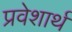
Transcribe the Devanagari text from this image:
प्रवेशार्थ